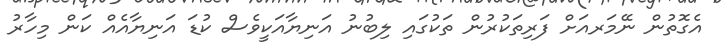
އެގޮތުން ނޭމަރއަށް ފަރިތަކުރުން ތަކުގައި ލިބުނު އަނިޔާއަކީވެސް ކުޑަ އަނިޔާއެއް ކަން މިހާރު